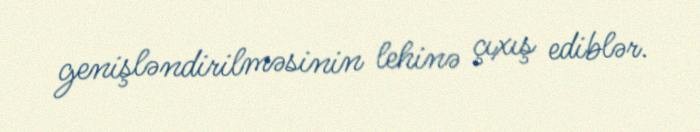
genişləndirilməsinin lehinə çıxış ediblər.